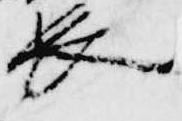
長